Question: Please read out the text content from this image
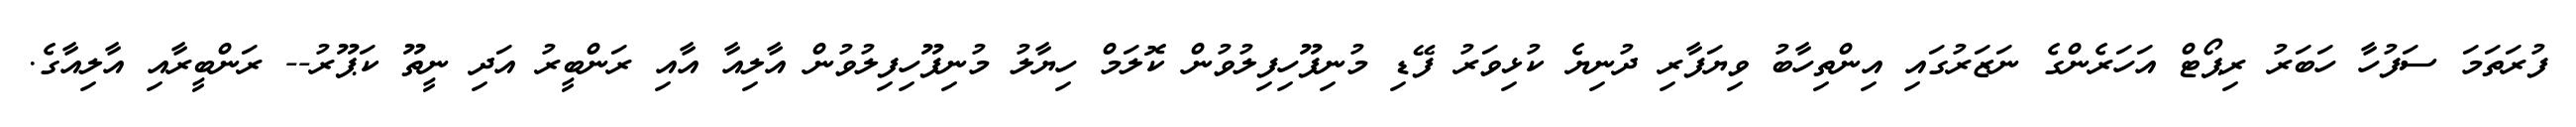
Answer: ފުރަތަމަ ސަފުހާ ހަބަރު ރިޕޯޓް އަހަރެންގެ ނަޒަރުގައި އިންތިހާބު ވިޔަފާރި ދުނިޔެ ކުޅިވަރު ފޭޑި މުނިފޫހިފިލުވުން ކޮލަމް ހިޔާލު މުނިފޫހިފިލުވުން އާލިއާ އާއި ރަންބީރު އަދި ނީތޫ ކަޕޫރު-- ރަންބީރާއި އާލިއާގެ.